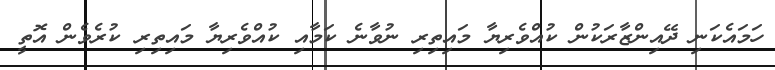
ހަމައެކަނި ދޭއިންޒާރަކުން ކުއްވެރިޔާ މައިތިރި ނުވާނެ ކަމާއި ކުއްވެރިޔާ މައިތިރި ކުރެވެން އޮތީ